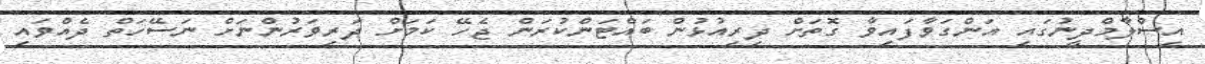
އިސްލާމްދީނުގައި އަންގަވާފައިވާ ގޮތަށް ދިރިއުޅުން ބައްޓަންކުރަން ޖެހޭ ކަމަށް ދަރިވަރުންނަށް ނަސޭހަތް ދެއްވައި